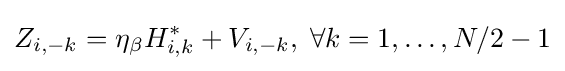
Z_{i,-k}=\eta _{\beta }H_{i,k}^{*}+V_{i,-k},\;\forall k=1,\ldots ,N/2-1